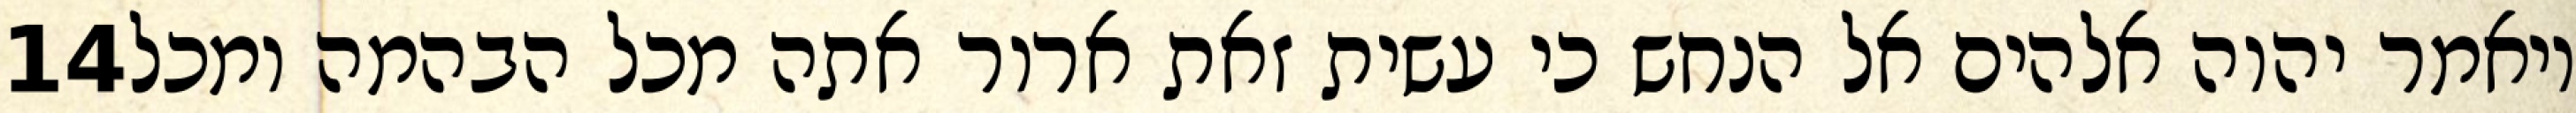
‎14‏ ויאמר יהוה אלהים אל הנחש כי עשית זאת ארור אתה מכל הבהמה ומכל